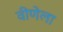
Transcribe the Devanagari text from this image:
वीणेला